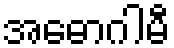
အဓောဂါမီ